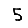
Digit: 5